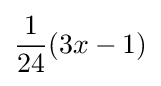
{\frac {1}{24}}(3x-1)